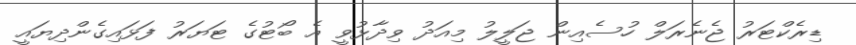
ޑިރެކްޓަރު ޖެނެރަލް ހުސެއިން ޖަލީލު މިއަދު ވިދާޅުވީ އެ ބޯޓުގެ ޓަޔަރު ފަޅައިގެންދިޔައީ